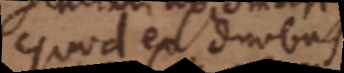
quod ex duobus